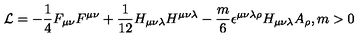
{ \cal L } = - \frac { 1 } { 4 } F _ { \mu \nu } F ^ { \mu \nu } + \frac { 1 } { 1 2 } H _ { \mu \nu \lambda } H ^ { \mu \nu \lambda } - \frac { m } { 6 } \epsilon ^ { \mu \nu \lambda \rho } H _ { \mu \nu \lambda } A _ { \rho } , m > 0